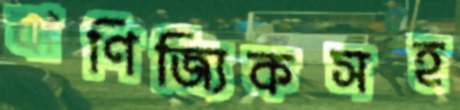
বাণিজ্যিকসহ